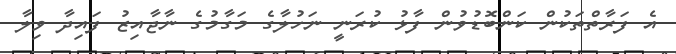
އެ ފަރާތްތަކުން ކަންބޮޑުވުން ފާޅު ކުރަނީ ނަހުލާގެ މަގާމުގެ ނާޖާއިޒު ފައިދާ ވިލާ